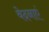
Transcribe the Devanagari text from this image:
वेदनाएं